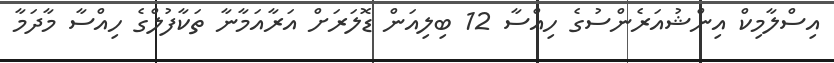
އިސްލާމިކް އިންޝުއަރެންސުގެ ހިއްސާ 12 ބިލިއަން ޑޮލަރަށް އަރާއަމާނާ ތަކާފުލްގެ ހިއްސާ މާދަމާ